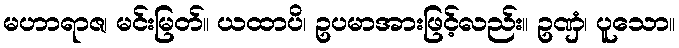
မဟာရာဇ၊ မင်းမြတ်။ ယထာပိ၊ ဥပမာအားဖြင့်လည်း။ ဥဏှံ၊ ပူသော။